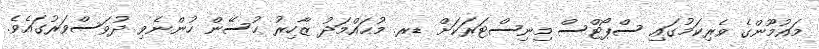
މައުމޫންގެ ވެރިކަމުގައި ސްޕޯޓްސް މިނިސްޓަރަކަށް ޑރ. މުޙައްމަދު ޒާހިރު ޙުސޭން ހުންނެވި ދުވަސްވަރުގައެވެ.